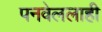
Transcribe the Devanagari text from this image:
पनवेललाही